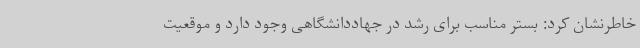
خاطرنشان کرد: بستر مناسب برای رشد در جهاددانشگاهی وجود دارد و موقعیت